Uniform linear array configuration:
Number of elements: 16
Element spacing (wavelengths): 0.25
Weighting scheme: uniform
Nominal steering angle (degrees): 15
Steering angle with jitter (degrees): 13.239
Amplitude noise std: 0.05
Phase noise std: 0.05

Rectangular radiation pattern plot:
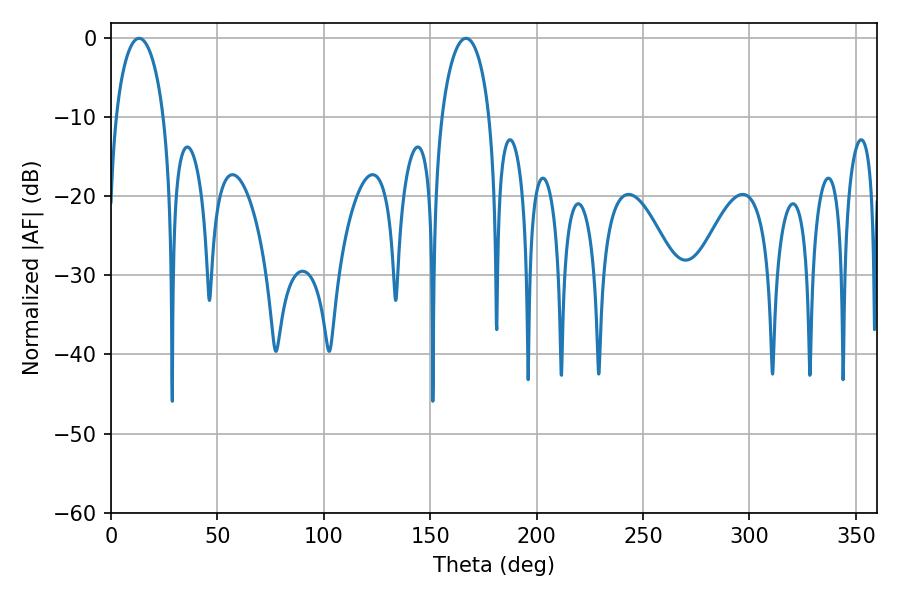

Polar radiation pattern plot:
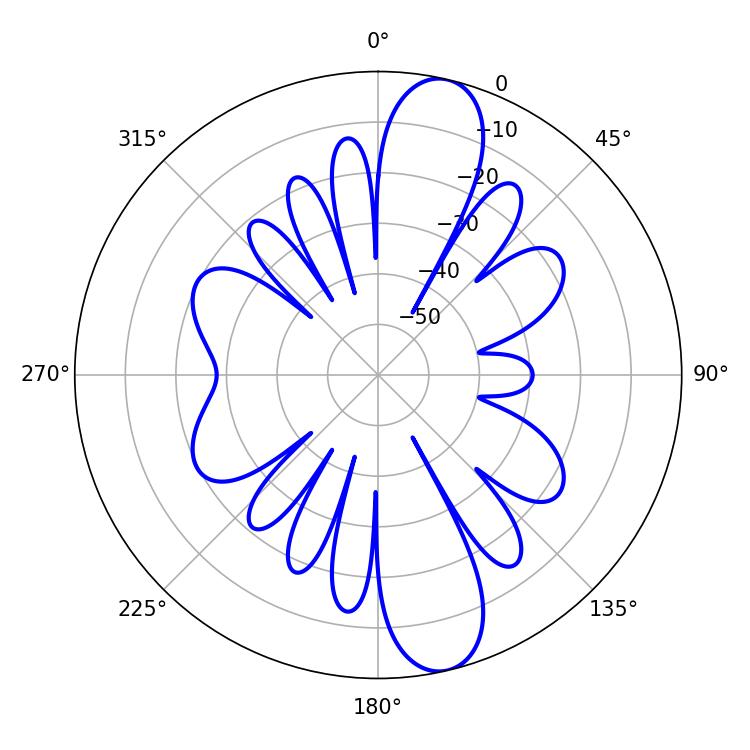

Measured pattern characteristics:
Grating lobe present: FALSE
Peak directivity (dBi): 12.544
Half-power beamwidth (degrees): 12.96
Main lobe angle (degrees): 13.14